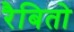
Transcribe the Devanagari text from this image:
रैबितो